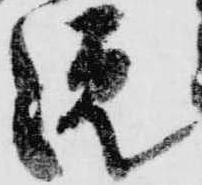
院